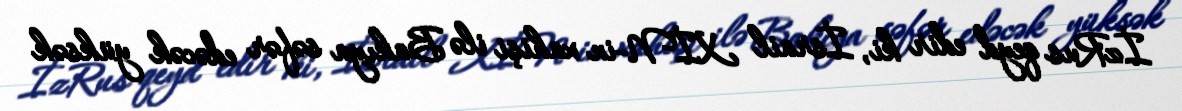
İzRus qeyd edir ki, İsrail XİN-in xahişi ilə Bakıya səfər edəcək yüksək